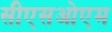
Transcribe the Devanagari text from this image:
सीएसओएम